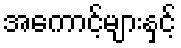
အကောင့်များနှင့်